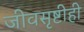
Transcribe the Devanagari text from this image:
जीवसृष्टीही